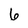
Character: 6